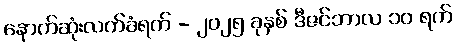
နောက်ဆုံးလက်ခံရက် - ၂၀၂၅ ခုနှစ် ဒီဇင်ဘာလ ၁၀ ရက်